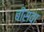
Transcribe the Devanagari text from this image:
बींसवा